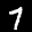
Label: 7